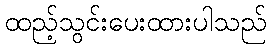
ထည့်သွင်းပေးထားပါသည်